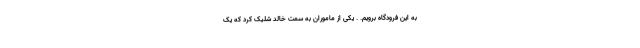
به این فرودگاه برویم. . یکی از ماموران به سمت خالد شلیک کرد که یک‌